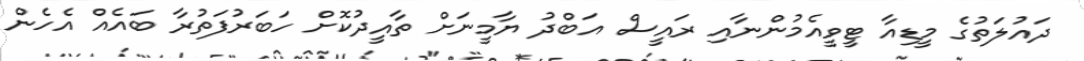
ދައުލަތުގެ މީޑިއާ ޓީވީއެމުންނާއި ރައީސް އަބްދު ޔާމީނަށް ތާއީދުކޮށް ހަބަރުފަތުރާ ބައެއް އެހެން